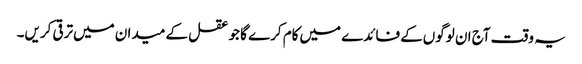
یہ وقت آج ان لوگوں‌کے فائدے میں‌کام کرے گا جو عقل کے میدان میں‌ترقی کریں۔